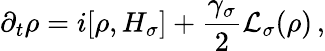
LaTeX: \partial_{t}\rho=i[\rho,H_{\sigma}]+\frac{\gamma_{\sigma}}{2}\mathcal{L}_{\sigma}(\rho)\, ,